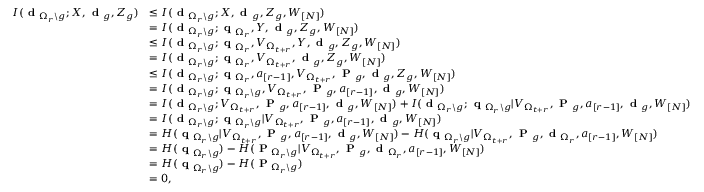
\begin{array} { r l } { I ( \textbf { d } _ { { \Omega _ { r } \backslash g } } ; X , \textbf { d } _ { { g } } , Z _ { { g } } ) } & { \leq I ( \textbf { d } _ { { \Omega _ { r } \backslash g } } ; X , \textbf { d } _ { { g } } , Z _ { { g } } , W _ { [ N ] } ) } \\ & { = I ( \textbf { d } _ { { \Omega _ { r } \backslash g } } ; \textbf { q } _ { { \Omega _ { r } } } , Y , \textbf { d } _ { { g } } , Z _ { { g } } , W _ { [ N ] } ) } \\ & { \leq I ( \textbf { d } _ { { \Omega _ { r } \backslash g } } ; \textbf { q } _ { { \Omega _ { r } } } , V _ { \Omega _ { t + r } } , Y , \textbf { d } _ { { g } } , Z _ { { g } } , W _ { [ N ] } ) } \\ & { = I ( \textbf { d } _ { { \Omega _ { r } \backslash g } } ; \textbf { q } _ { { \Omega _ { r } } } , V _ { \Omega _ { t + r } } , \textbf { d } _ { { g } } , Z _ { { g } } , W _ { [ N ] } ) } \\ & { \leq I ( \textbf { d } _ { { \Omega _ { r } \backslash g } } ; \textbf { q } _ { { \Omega _ { r } } } , a _ { [ r - 1 ] } , V _ { \Omega _ { t + r } } , \textbf { P } _ { g } , \textbf { d } _ { { g } } , Z _ { { g } } , W _ { [ N ] } ) } \\ & { = I ( \textbf { d } _ { { \Omega _ { r } \backslash g } } ; \textbf { q } _ { { \Omega _ { r } \backslash g } } , V _ { \Omega _ { t + r } } , \textbf { P } _ { g } , a _ { [ r - 1 ] } , \textbf { d } _ { { g } } , W _ { [ N ] } ) } \\ & { = I ( \textbf { d } _ { { \Omega _ { r } \backslash g } } ; V _ { \Omega _ { t + r } } , \textbf { P } _ { g } , a _ { [ r - 1 ] } , \textbf { d } _ { { g } } , W _ { [ N ] } ) + I ( \textbf { d } _ { { \Omega _ { r } \backslash g } } ; \textbf { q } _ { { \Omega _ { r } \backslash g } } | V _ { \Omega _ { t + r } } , \textbf { P } _ { g } , a _ { [ r - 1 ] } , \textbf { d } _ { { g } } , W _ { [ N ] } ) } \\ & { = I ( \textbf { d } _ { { \Omega _ { r } \backslash g } } ; \textbf { q } _ { { \Omega _ { r } \backslash g } } | V _ { \Omega _ { t + r } } , \textbf { P } _ { g } , a _ { [ r - 1 ] } , \textbf { d } _ { { g } } , W _ { [ N ] } ) } \\ & { = H ( \textbf { q } _ { { \Omega _ { r } \backslash g } } | V _ { \Omega _ { t + r } } , \textbf { P } _ { g } , a _ { [ r - 1 ] } , \textbf { d } _ { { g } } , W _ { [ N ] } ) - H ( \textbf { q } _ { { \Omega _ { r } \backslash g } } | V _ { \Omega _ { t + r } } , \textbf { P } _ { g } , \textbf { d } _ { \Omega _ { r } } , a _ { [ r - 1 ] } , W _ { [ N ] } ) } \\ & { = H ( \textbf { q } _ { { \Omega _ { r } \backslash g } } ) - H ( \textbf { P } _ { { \Omega _ { r } \backslash g } } | V _ { \Omega _ { t + r } } , \textbf { P } _ { g } , \textbf { d } _ { \Omega _ { r } } , a _ { [ r - 1 ] } , W _ { [ N ] } ) } \\ & { = H ( \textbf { q } _ { { \Omega _ { r } \backslash g } } ) - H ( \textbf { P } _ { { \Omega _ { r } \backslash g } } ) } \\ & { = 0 , } \end{array}